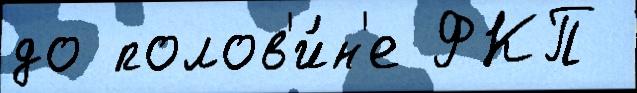
до полов'и́н'е ФКП